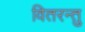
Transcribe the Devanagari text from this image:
वितरन्तु